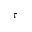
\tau